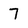
Character: 7